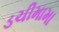
ડચીમામા